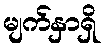
မျက်နှာရှိ